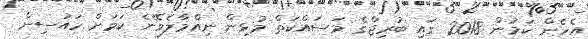
އެހެން ކަމުން 2018 ގައި ބުރިޖްގެ މަސައްކަތް މުޅިން ނިއްމާލެވޭނެ ކަމަށް ހައުސިން